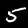
Digit: 5